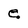
Character: e